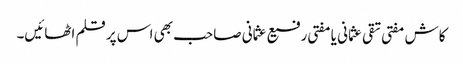
کاش مفتی تقی عثمانی یا مفتی رفیع عثمانی صاحب بھی اس پر قلم اٹھائیں۔